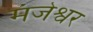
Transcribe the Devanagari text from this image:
मंजेश्वर